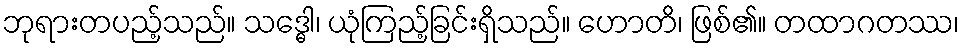
ဘုရားတပည့်သည်။ သဒ္ဓေါ၊ ယုံကြည့်ခြင်းရှိသည်။ ဟောတိ၊ ဖြစ်၏။ တထာဂတဿ၊